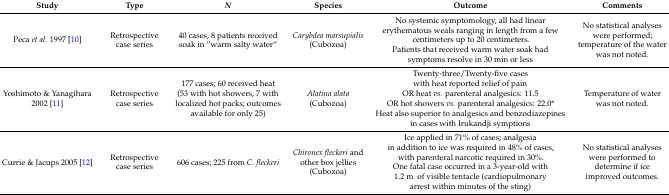
<table><thead><tr><td><b>Study</b></td><td><b>Type</b></td><td><b><i>N</i></b></td><td><b>Species</b></td><td><b>Outcome</b></td><td><b>Comments</b></td></tr></thead><tbody><tr><td>Peca <i>et al.</i> 1997 [10]</td><td>Retrospective case series</td><td>40 cases, 8 patients received soak in “warm salty water”</td><td><i>Carybdea marsupialis</i> (Cubozoa)</td><td>No systemic symptomology, all had linear erythematous weals ranging in length from a few centimeters up to 20 centimeters. Patients that received warm water soak had symptoms resolve in 30 min or less</td><td>No statistical analyses were performed; temperature of the water was not noted.</td></tr><tr><td>Yoshimoto &amp; Yanagihara 2002 [11]</td><td>Retrospective case series</td><td>177 cases; 60 received heat (53 with hot showers, 7 with localized hot packs; outcomes available for only 25)</td><td><i>Alatina alata</i> (Cubozoa)</td><td>Twenty-three/Twenty-five cases with heat reported relief of pain OR heat <i>vs.</i> parenteral analgesics: 11.5OR hot showers <i>vs.</i> parenteral analgesics: 22.0* Heat also superior to analgesics and benzodiazepines in cases with Irukandji symptions</td><td>Temperature of water was not noted.</td></tr><tr><td>Currie &amp; Jacups 2005 [12]</td><td>Retrospective case series</td><td>606 cases; 225 from <i>C. fleckeri</i></td><td><i>Chironex fleckeri</i> and other box jellies (Cubozoa)</td><td>Ice applied in 71% of cases; analgesia in addition to ice was required in 48% of cases, with parenteral narcotic required in 30%. One fatal case occurred in a 3-year-old with 1.2 m of visible tentacle (cardiopulmonary arrest within minutes of the sting)</td><td>No statistical analyses were performed to determine if ice improved outcomes.</td></tr></tbody></table>